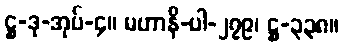
ဋ္ဌ-ဒု-အုပ်-၄။ မဟာနိ-ပါ-၂၇၉၊ ဋ္ဌ-၃၃၈။